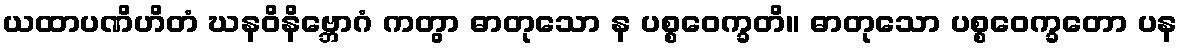
ယထာပဏိဟိတံ ဃနဝိနိဗ္ဘောဂံ ကတွာ ဓာတုသော န ပစ္စဝေက္ခတိ။ ဓာတုသော ပစ္စဝေက္ခတော ပန